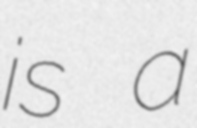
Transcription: is a